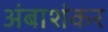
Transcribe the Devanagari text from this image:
अंबाशंकर